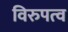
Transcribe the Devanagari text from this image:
विरुपत्व